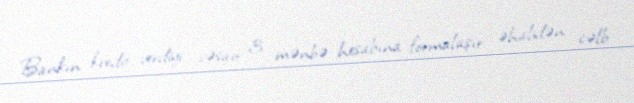
Bankın kredit verdiyi vəsait 3 mənbə hesabına formalaşır: əhalidən cəlb